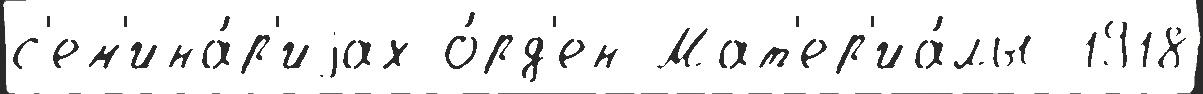
с'ем'ина́р'иjах о́рд'ен Мат'ер'иа́лы 1918